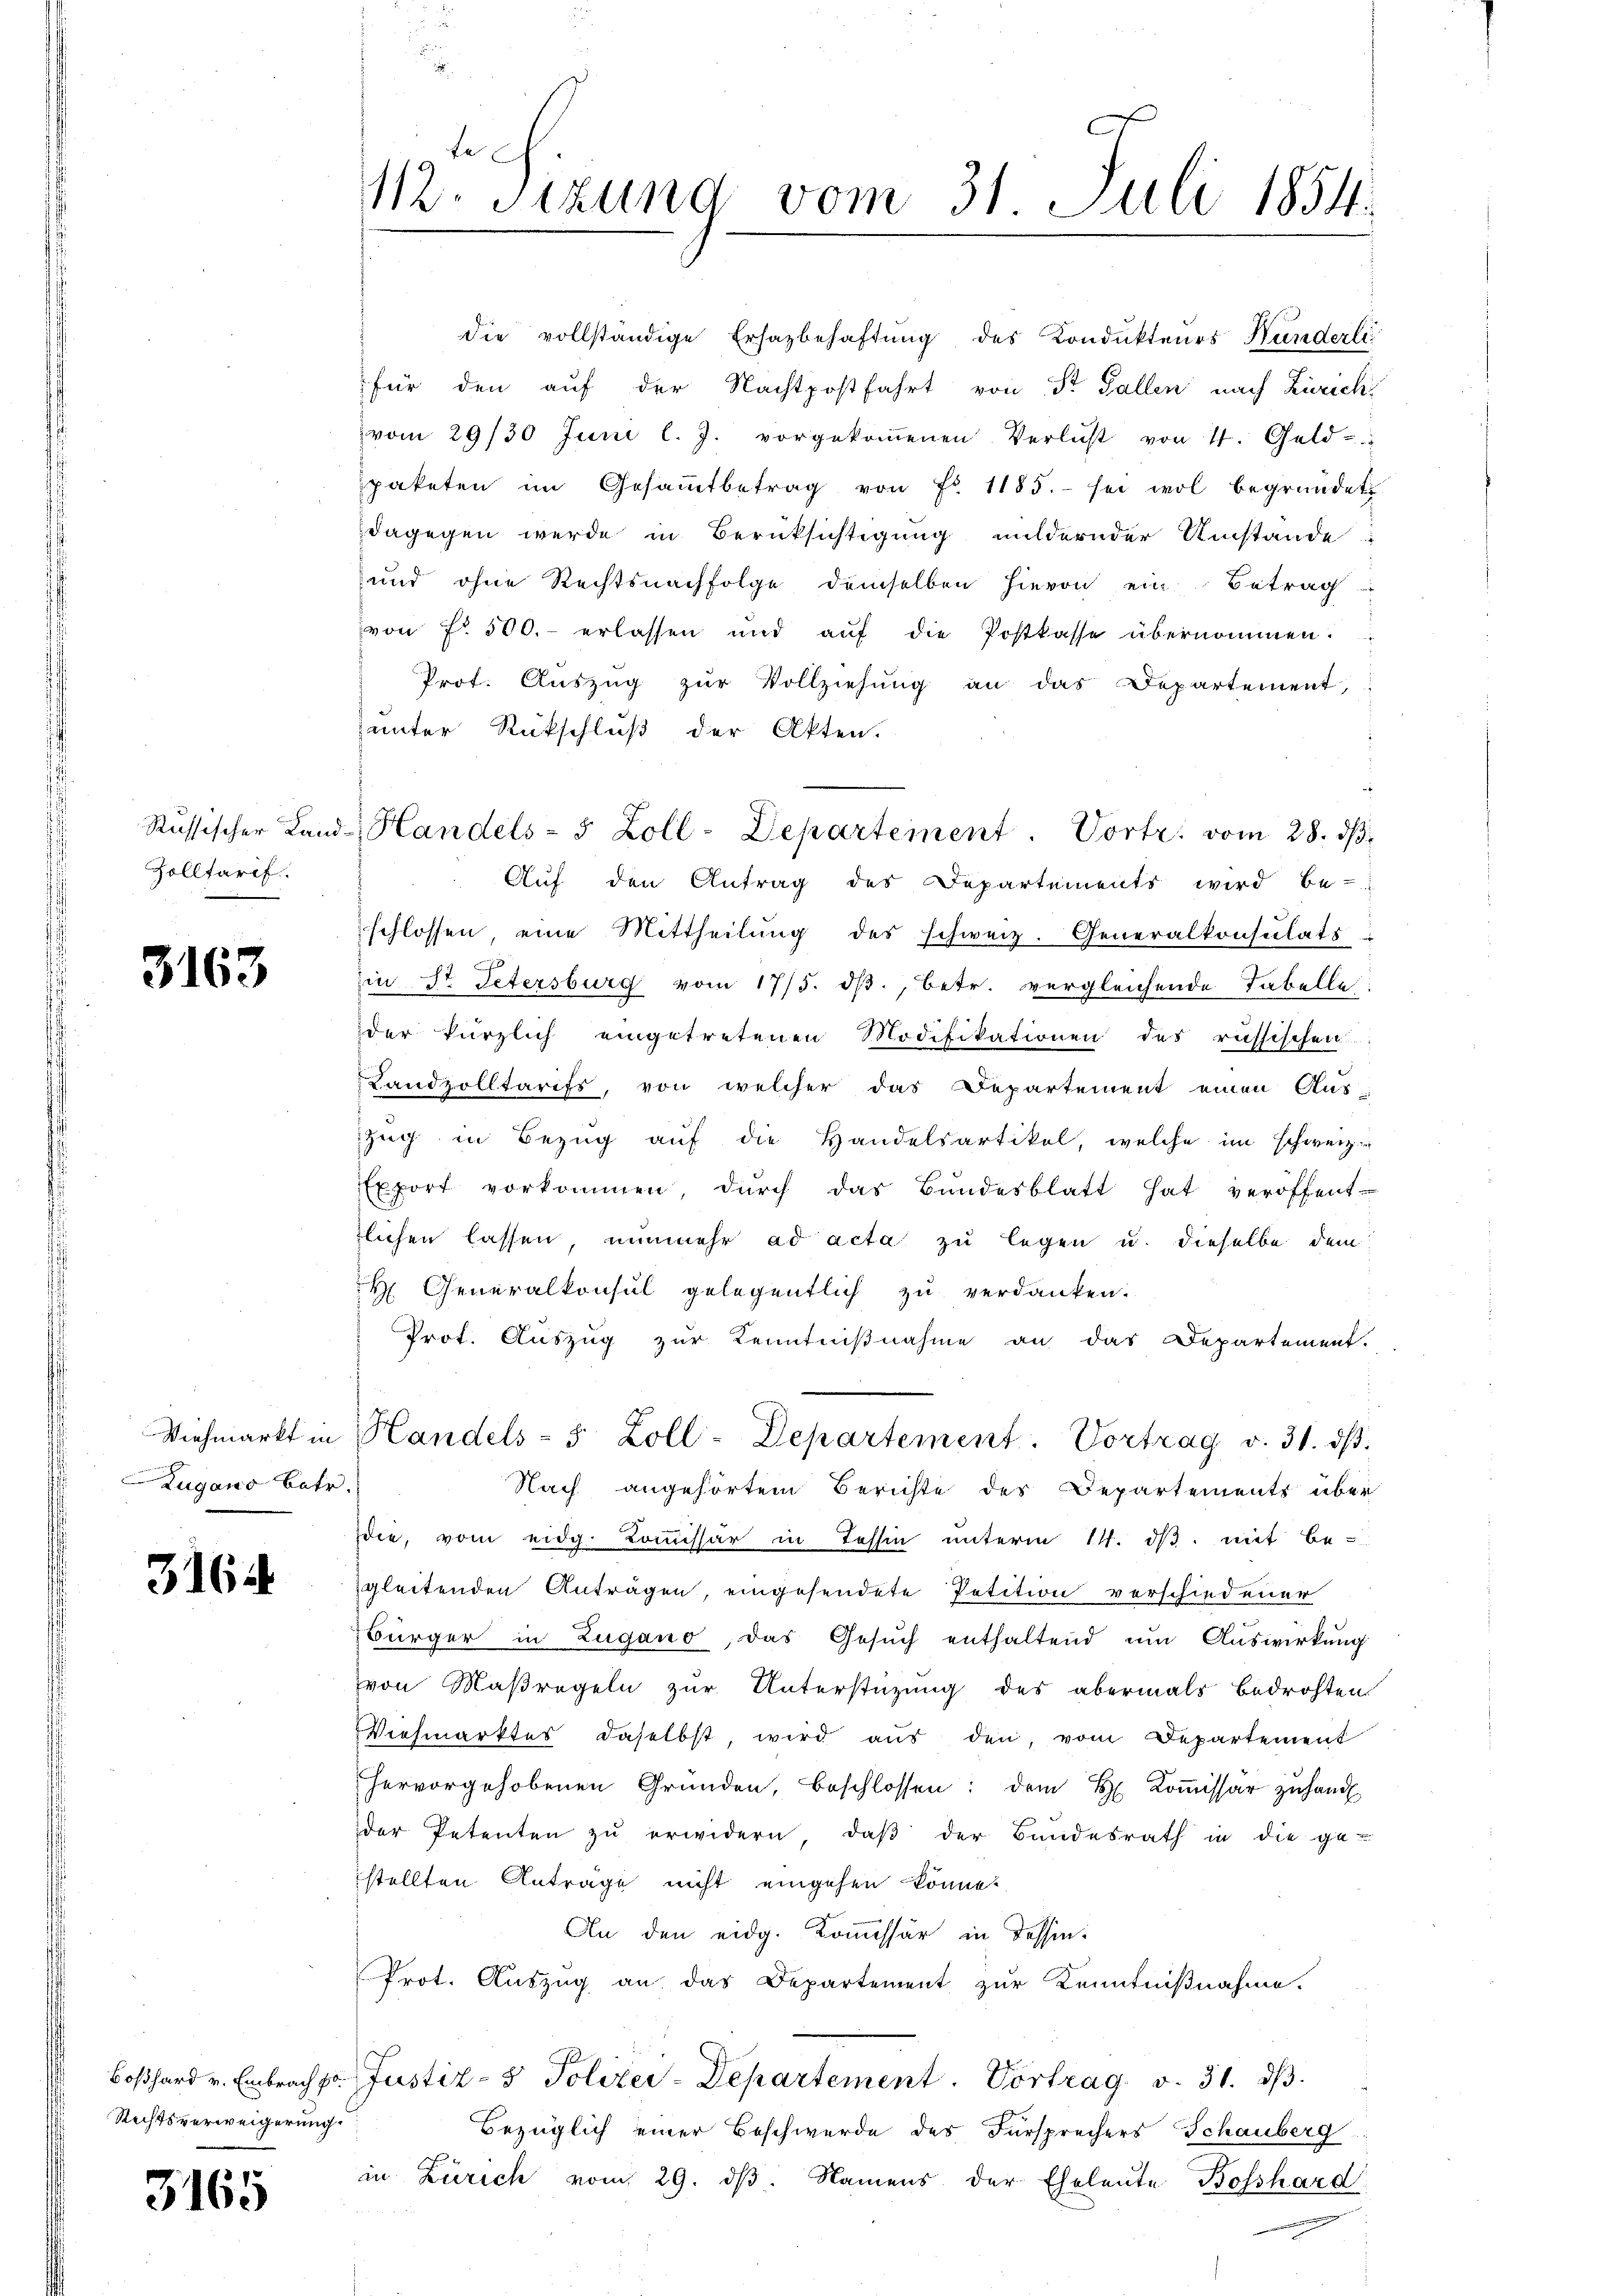
Zolltarif

3163

Zugano betr.

3164

Rechtsverweigerung:

3165

112. Sitzung vom 31. Juli 1854.

die vollständige Ersazbehaftung des Kondukteurs Hunderli
für den auf der Nachtpostfahrt von Sr. Gallen nach Zürich
vom 29/30. Juni l. J. vorgekoṁenen Verlust von 4. Geld
paketen im Gesammtbetrag von Fr. 1185. sei wol begründet
dagegen werde in Berüksichtigung mildernder Umstände:
und ohne Rechtsnachfolge demselben hievon ein Betrag
von fr. 500.- erlassen und auf die Postkasse übernommen.
Prof. Aŭszŭg zŭr Vollziehŭng an das Departement,
unter Rückschluß der Akten.
Auf den Antrag des Departements wird be-
schlossen eine Mittheilung des schweiz. Generalkonsulats
s
Ein St. Petersburg vom 17/5. dβ., betr. vergleichende Tabelle:
der kürzlich eingetretenen Modifikationen des russischen
Landzolltarifs, von welcher das Departement einen Aus-
Zug in Bezug auf die Handelsartikel, welche im schweiz.
Export vorkommen, dŭrch das Bundesblatt hat veröffent-
tlichen lassen, nunmehr ad acta zu legen u. dieselbe dem
H Generalkonsul gelegentlich zu verdanken.
Prot. Auszug zur Kenntnißnahme an das Departement.
Viehmarkt in Handels- 5 Zoll-Departement. Vortrag v. 31. dβ.
Nach angehörtem Berichte des Departements über
die, vom eidg. Kommissär in Tessin unterm 11. ds. mit Be-
gleitenden Anträgen, eingesendete Petition verschiedener
Bürger in Zugano, das Gesŭch enthaltend um Auswirkung
von Maßregeln zur Unterstüzung des abermals bedrohten
Viehmarktes daselbst, wird aus den, vom Departement
hervorgehobenen Gründen, beschlossen: dem H. Koṁissär zuhandl
der Petenten zŭ erwidern, daβ der Bundesrath in die gestellten Anträge nicht eingehen könne.
An den eidg. Kommissär in Tessin.
Prot. Auszug an das Departement zur Kenntnißnahme.
Boßhard v. Embrach pr. Justiz- & Polizei-Departement. Vortrag v. 31. dβ.
Bezüglich einer Beschwerde des Fürsprechers Schauberg
in Zürich vom 29. dβ. Namens der Eheleute Bosshard

Rŭssischer Land Handels- 5 Zoll-Departement. Vortr. vom 28. dβ.